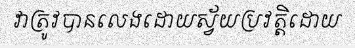
វាត្រូវបានលេងដោយស្វ័យប្រវត្តិដោយ